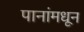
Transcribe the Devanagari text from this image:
पानांमधून